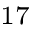
^ { 1 7 }